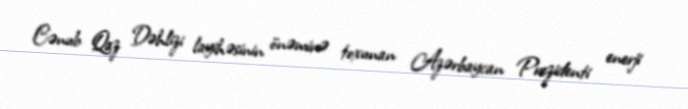
Cənub Qaz Dəhlizi layihəsinin önəminə toxunan Azərbaycan Prezidenti enerji